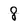
Character: 8